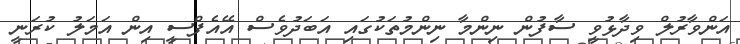
އަންވާރުލް ވިދާޅުވީ ސާފުން ނިންމާ ނިންމުތަކުގައި އަބަދުވެސް އޭއެފްސީ އިން އަމަލު ކުރަނީ